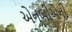
એનબીએની